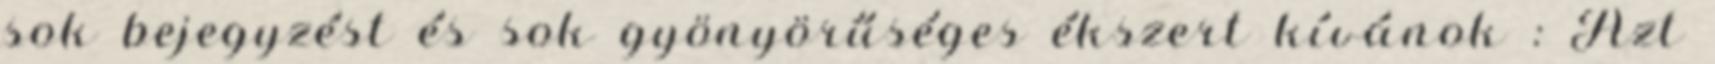
sok bejegyzést és sok gyönyörűséges ékszert kívánok : Azt